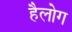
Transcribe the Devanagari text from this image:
हैलोग